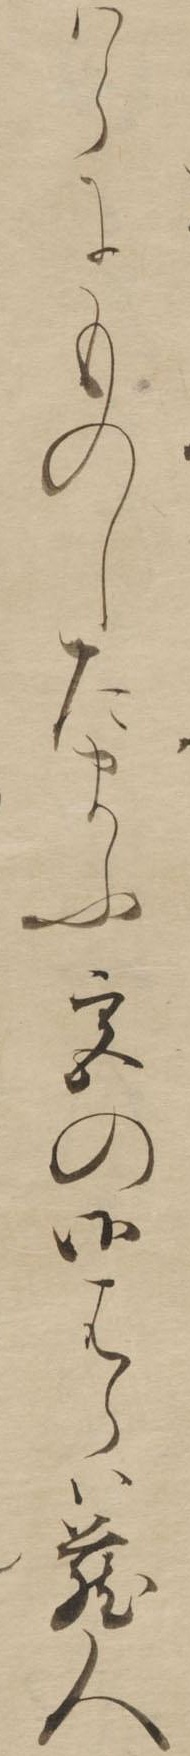
はらにものしたまふ宮の御はらは蔵人